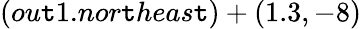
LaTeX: (ou\mathtt{t}1.nor\mathtt{t}heas\mathtt{t})+(1.3,-8)